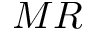
M R